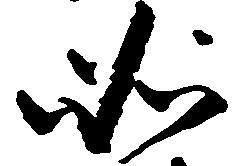
如